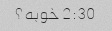
2:30 خوبه؟